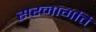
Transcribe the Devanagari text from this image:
सरनागति